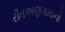
રીતઅણગમાનો